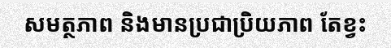
សមត្ថភាព និងមានប្រជាប្រិយភាព តែខ្វះ